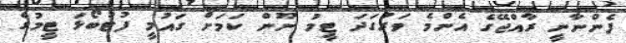
ފެންނާނީ ރާއްޖޭގެ އެންމެ ވަރުގަދަ ޓީމު ނޫން ކަމަށް ގައުމީ ފުޓުބޯޅަ ޓީމުގެ